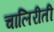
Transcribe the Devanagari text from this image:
चालिरीती